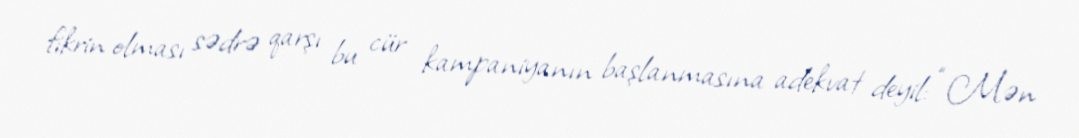
fikrin olması sədrə qarşı bu cür kampaniyanın başlanmasına adekvat deyil: “Mən